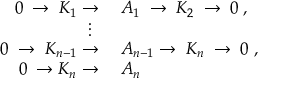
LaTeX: \begin{array} { r l } { 0 \; \rightarrow \; K _ { 1 } \rightarrow { } } & { { } A _ { 1 } \; \rightarrow \; K _ { 2 } \; \rightarrow \; 0 \; , } \\ { \vdots \, \, \, \, } \\ { 0 \; \rightarrow \; K _ { n - 1 } \rightarrow { } } & { { } A _ { n - 1 } \rightarrow \; K _ { n } \; \rightarrow \; 0 \; , } \\ { 0 \; \rightarrow K _ { n } \rightarrow { } } & { { } A _ { n } } \end{array}